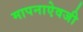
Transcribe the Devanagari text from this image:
मापनाऐवजी